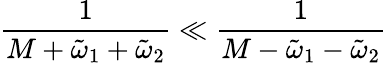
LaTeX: \frac{1}{M+\tilde{\omega}_{1}+\tilde{\omega}_{2}}\ll\frac{1}{M-\tilde{\omega}_{1}-\tilde{\omega}_{2}}